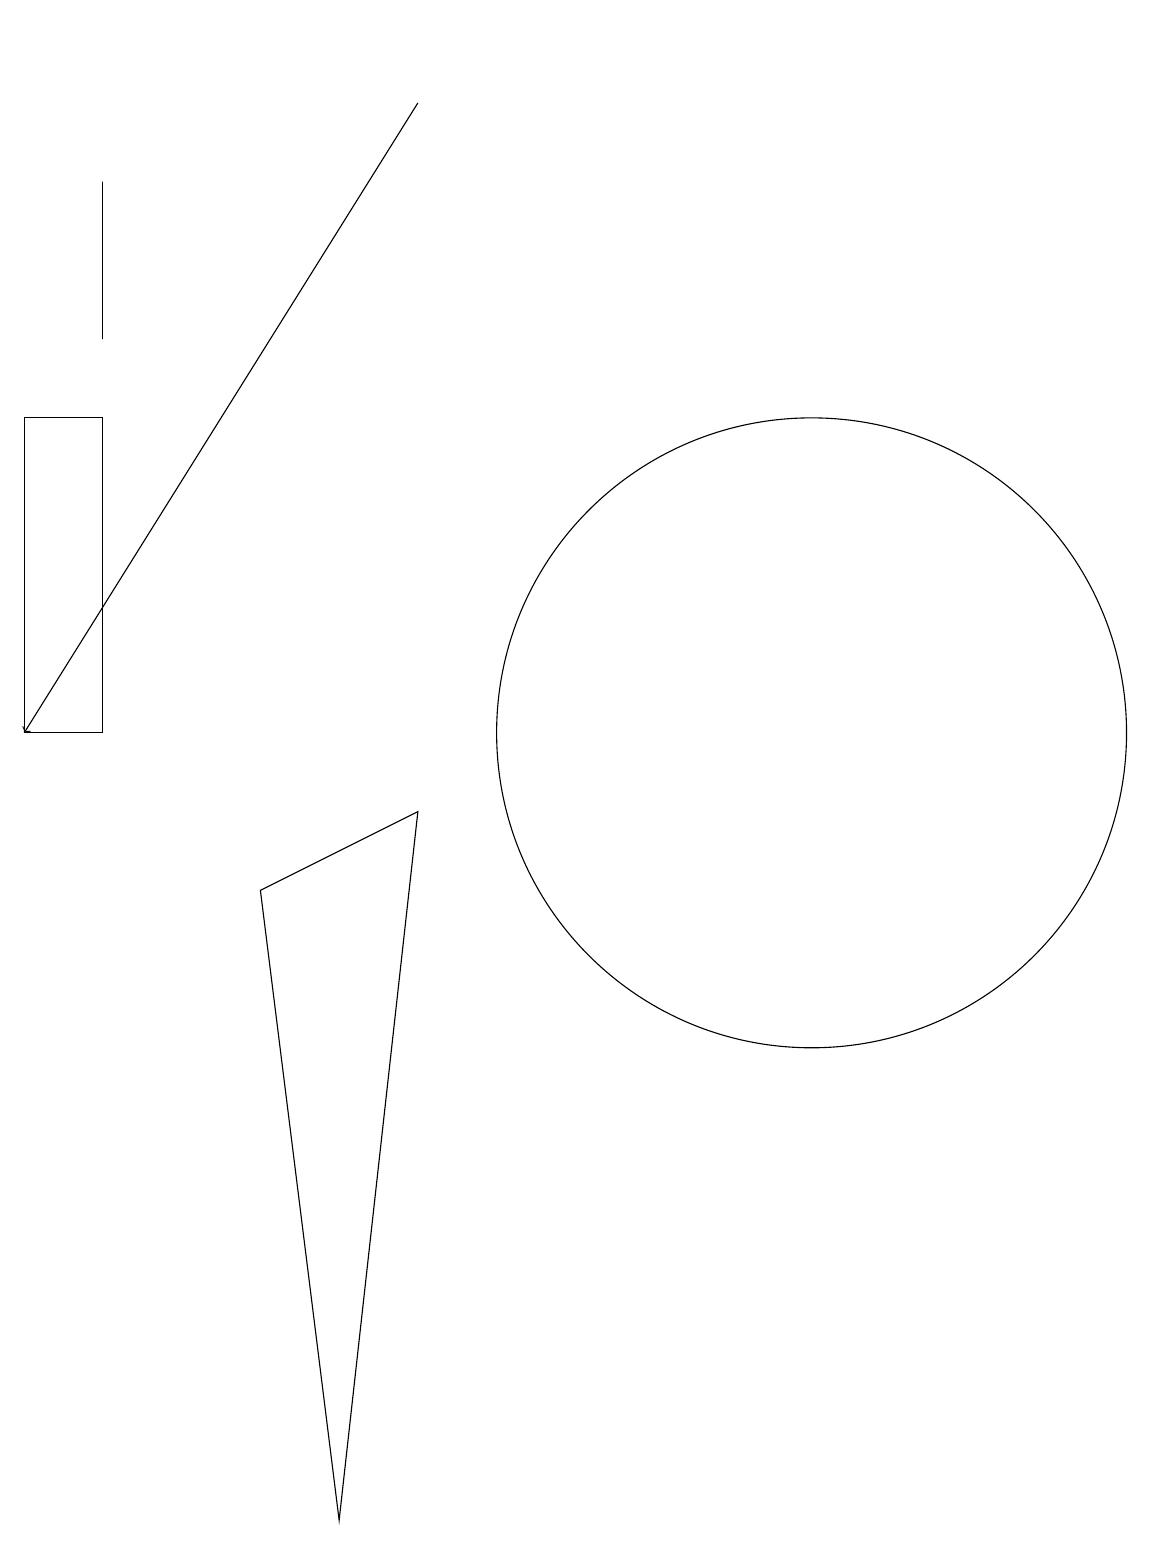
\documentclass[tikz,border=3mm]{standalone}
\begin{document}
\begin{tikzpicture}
\draw[->] (5,18) -- (0,10);
\draw (0,14) rectangle (1,10);
\draw (1,15) rectangle (1,17);
\draw (3,8) -- (4,0) -- (5,9) -- cycle;
\draw (3,19) rectangle (3,19);
\draw (10,10) circle (4);
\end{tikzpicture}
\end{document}